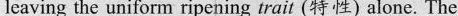
leaving the uniform ripening trait (特性)alone. The